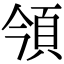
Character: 𩑟